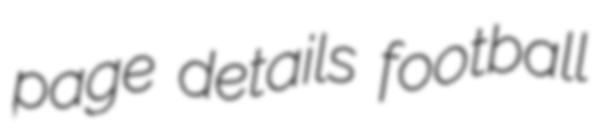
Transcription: page details football